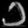
Digit: ၁